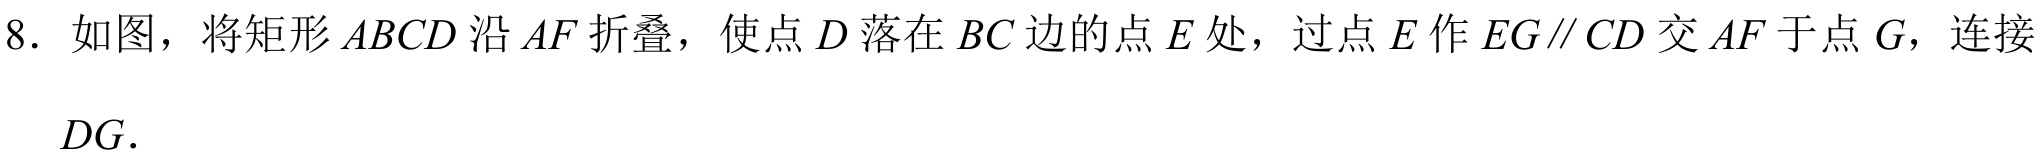
8. 如图，将矩形\(ABCD\)沿\(AF\)折叠，使点\(D\)落在\(BC\)边的点\(E\)处，过点\(E\)作\(EG\parallel CD\)交\(AF\)于点\(G\)，连接\(DG\)．